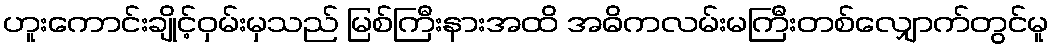
ဟူးကောင်းချိုင့်ဝှမ်းမှသည် မြစ်ကြီးနားအထိ အဓိကလမ်းမကြီးတစ်လျှောက်တွင်မူ